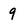
Character: 9